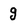
Character: g